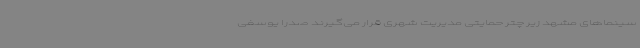
سینماهای مشهد زیر چتر حمایتی مدیریت شهری قرار می‌گیرند صدرا یوسفی